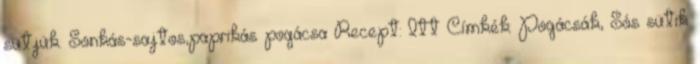
sütjük. Sonkás-sajtos,paprikás pogácsa Recept: Itt Címkék: Pogácsák, Sós sütik